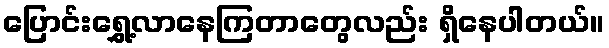
ပြောင်းရွှေ့လာနေကြတာတွေလည်း ရှိနေပါတယ်။